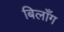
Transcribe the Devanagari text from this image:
बिलाँग